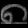
Digit: ၈